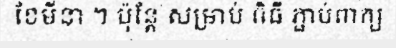
ខែមីនា ។ ប៉ុន្តែ សម្រាប់ ពិធី ភ្ជាប់ពាក្យ